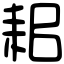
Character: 耜